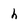
Character: h